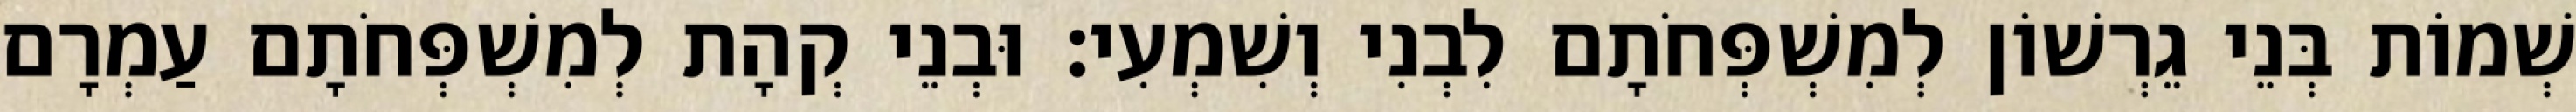
שְׁמוֹת בְּנֵי גֵרְשׁוֹן לְמִשְׁפְּחֹתָם לִבְנִי וְשִׁמְעִי׃ וּבְנֵי קְהָת לְמִשְׁפְּחֹתָם עַמְרָם